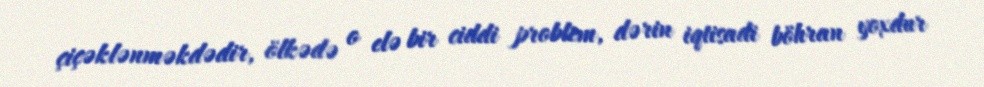
çiçəklənməkdədir, ölkədə o elə bir ciddi problem, dərin iqtisadi böhran yoxdur